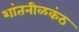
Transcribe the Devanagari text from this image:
शांतनीळकंठ